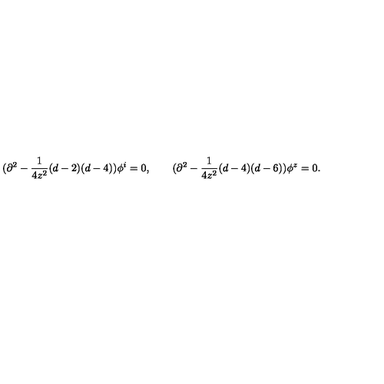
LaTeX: ( \partial ^ { 2 } - \frac { 1 } { 4 z ^ { 2 } } ( d - 2 ) ( d - 4 ) ) \phi ^ { i } = 0 , \qquad ( \partial ^ { 2 } - \frac { 1 } { 4 z ^ { 2 } } ( d - 4 ) ( d - 6 ) ) \phi ^ { z } = 0 .